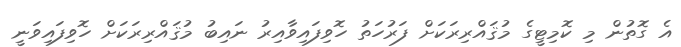
އެ ގޮތުން މި ކޮމިޓީގެ މުޤައްރިރަކަށް ފަރުހަތު ހޮވިފައިވާއިރު ނައިބު މުޤައްރިރަކަށް ހޮވިފައިވަނީ